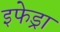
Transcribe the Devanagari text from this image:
इफेड्रा